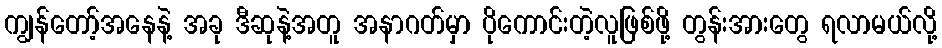
ကျွန်တော့်အနေနဲ့ အခု ဒီဆုနဲ့အတူ အနာဂတ်မှာ ပိုကောင်းတဲ့လူဖြစ်ဖို့ တွန်းအားတွေ ရလာမယ်လို့